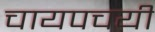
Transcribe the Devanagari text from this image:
चायपचयी